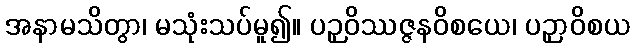
အနာမသိတွာ၊ မသုံးသပ်မူ၍။ ပဉှဝိဿဇ္ဇနဝိစယေ၊ ပဉှာဝိစယ